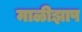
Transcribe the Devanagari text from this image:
माळीझाप